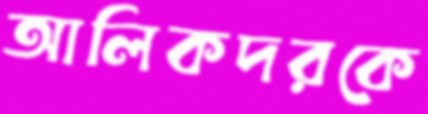
আলিকদরকে